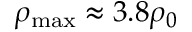
\rho _ { \operatorname* { m a x } } \approx 3 . 8 \rho _ { 0 }